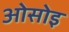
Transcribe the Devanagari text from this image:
ओसोइ